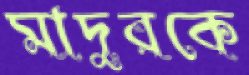
মাদুরকে